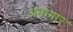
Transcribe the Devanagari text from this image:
अनागार